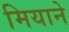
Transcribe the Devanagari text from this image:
मियाने